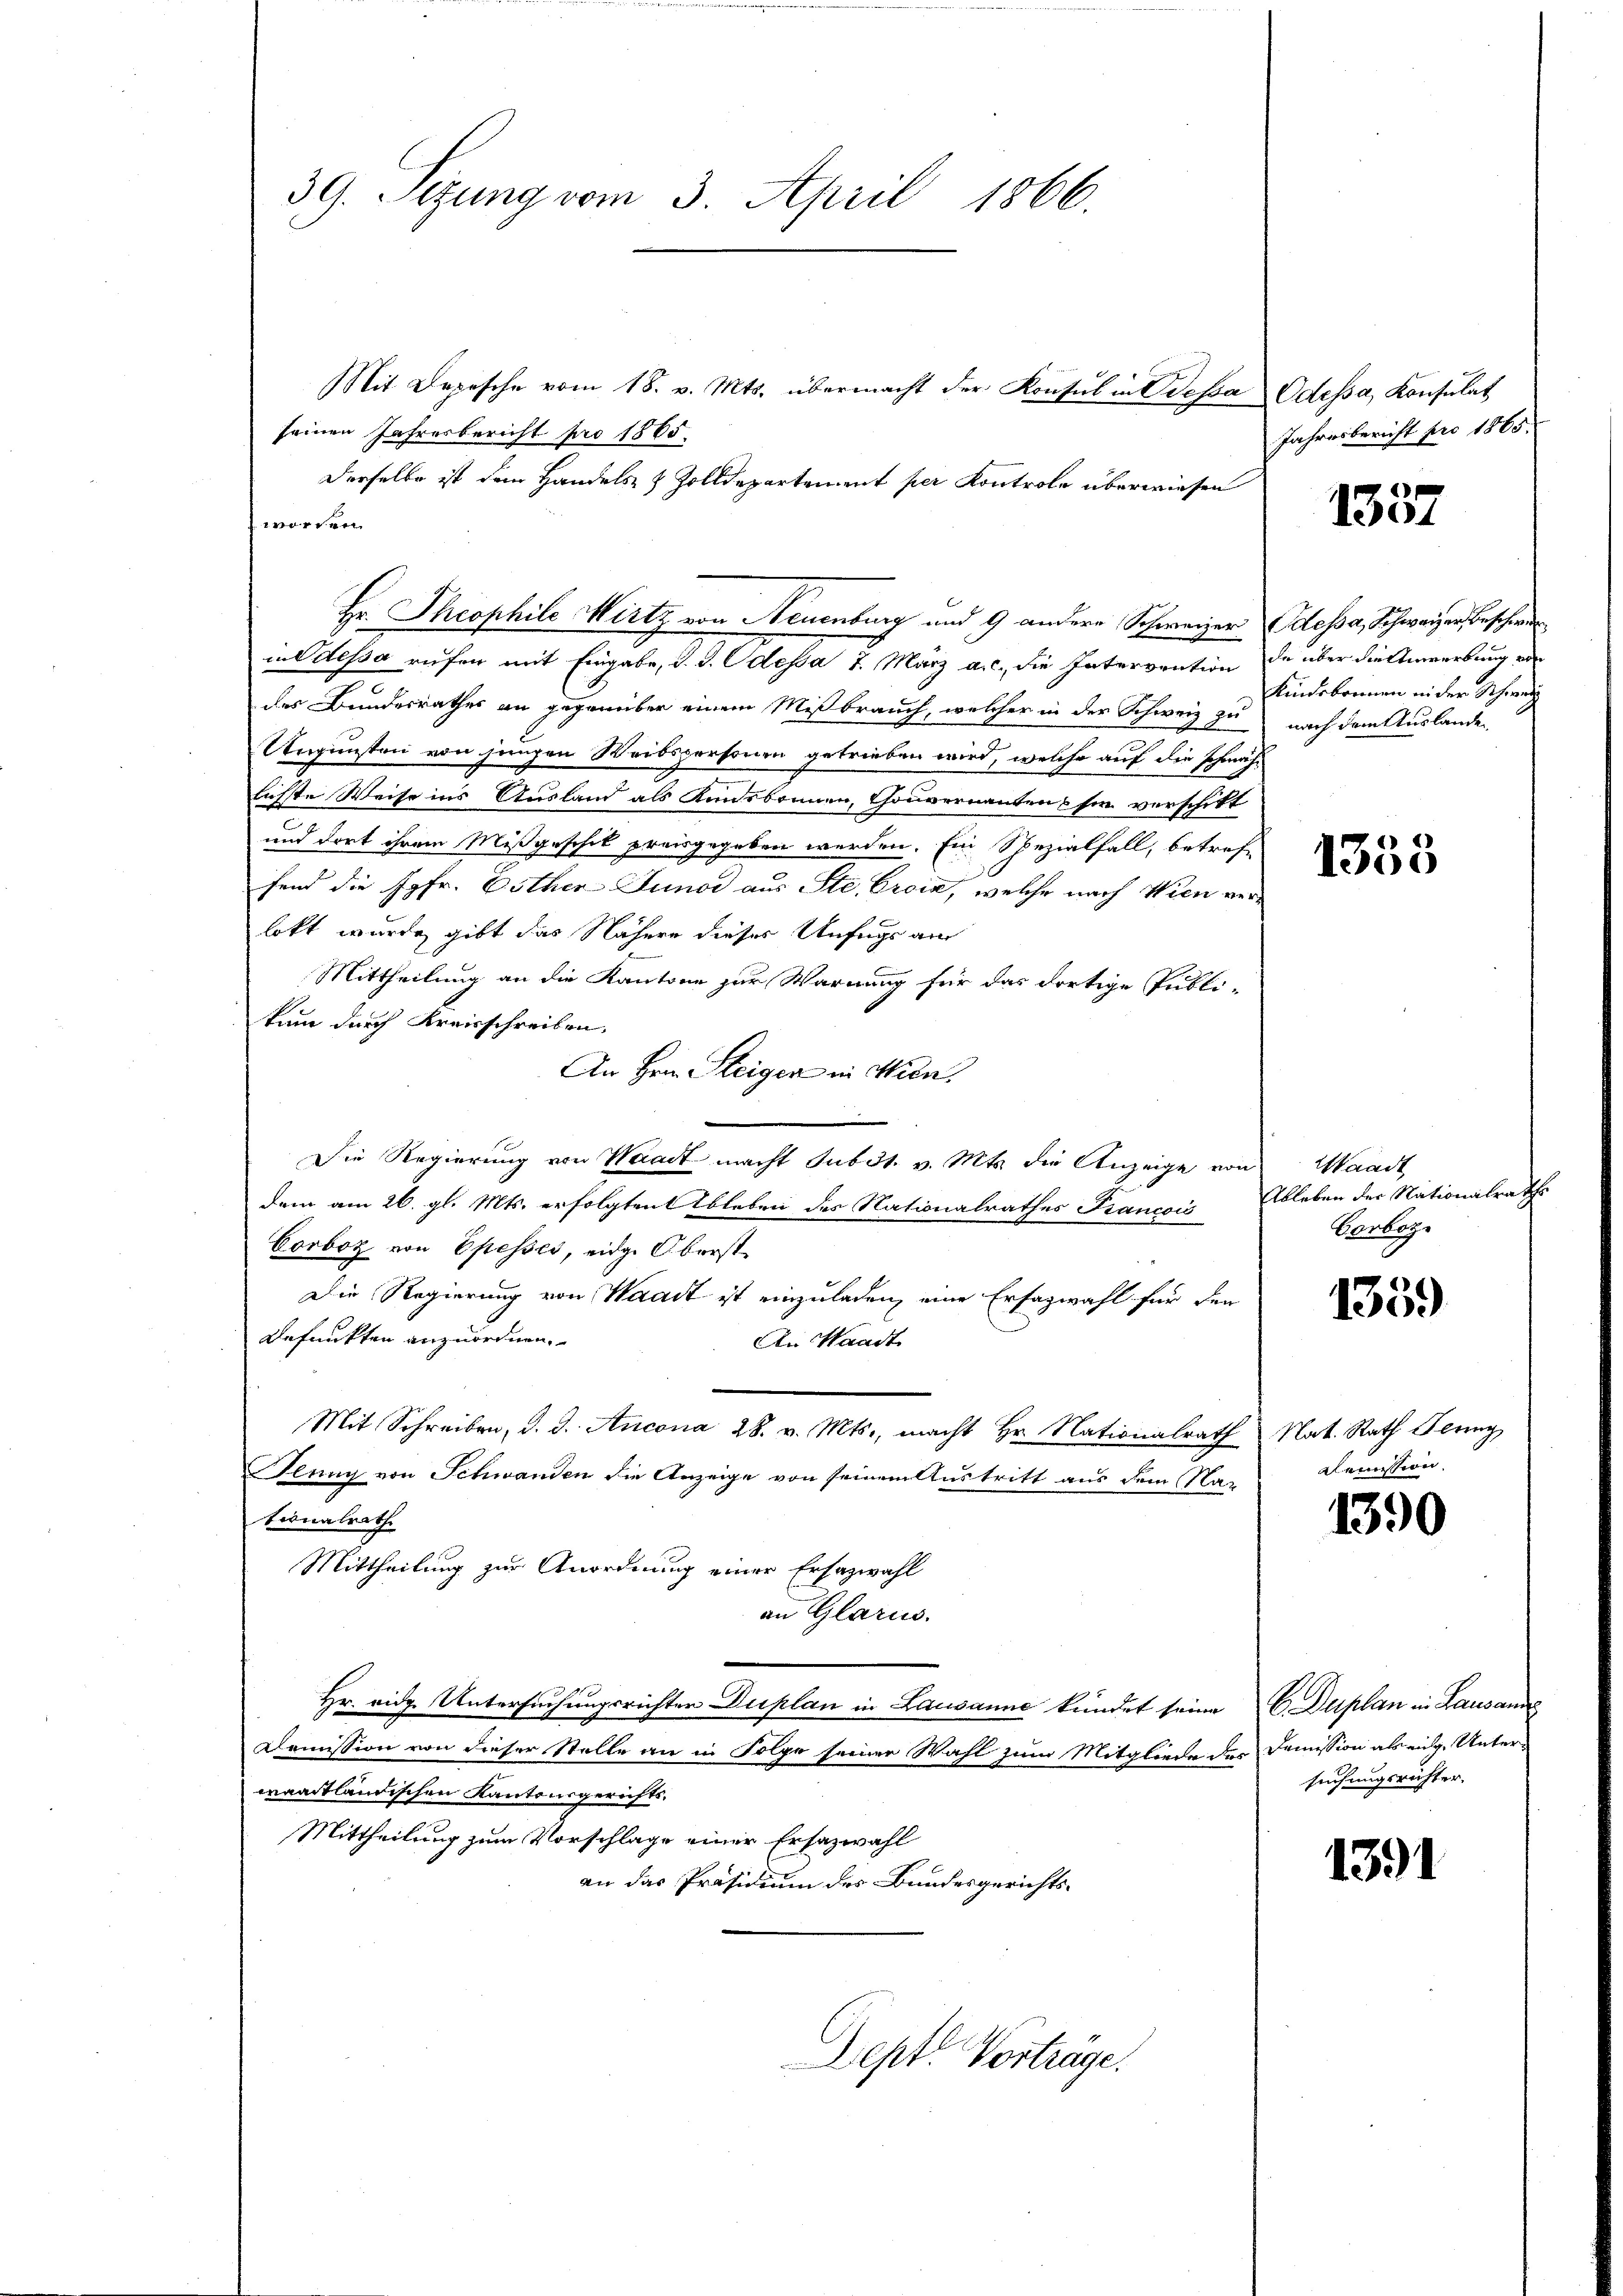
39. Sizung vom 3. April 1866.

Mit Depesche vom 18. v. Mts. übermacht der Konsul in Bessa Odessa, Konsulat
seinen Jahresbericht pro 1865.
Derselbe ist den Handels- & Zolldepartement per Kontrole überwiesen
worden.
Hr. Theophile Wirtz von Neuenburg und 9 andere Schweizer (dessa, Schweizer Beschweiil dessa rufen mit Eingabe, d. d. Odessa 7. März a. c., die Interoration de über die Anwerbung von
des Bundesrathes an gegenüber einem Mißbrauch, welcher in der Schweiz zu nach dem Auslande
Ungunsten von jungen Weibspersonen getrieben wird, welche auf die schmäh-
lichte Weise ins Ausland als Kindsbrunnen, Gouvernanten sie verschikt
und dort ihrem Mißgeschik preisgegeben werden. Ein Spezialfall, betreffend die Jgfr. Esther Juno aus Ste, Croix, welche nach Wien verlekt wurde, gibt das Nähere dieses Unfugs aus
Mittheilung an die Kantone zur Warnung für das dortige Publikum durch Kreisschreiben,
An Hrn. Steigen in Wien.
Die Regierung von Waadt macht Subst. v. Mts. die Anzeige von Waadt
dem am 26. gl. Mts. erfolgten Ableben des Nationalrathes Francois Ableben der Nationalraths
Corboz von Epessés, eidg. Oberst
Die Regierung von Waadt ist einzuladen, eine Erfazwahl für den
Befunkten anzuordnen.
An Waadt
Mit Schreiben, d. d. Ancona 28. v. Mts., macht Hr. Nationalrath Nat. Rath Jenny
Feung von Schwanden die Anzeige von seinem Austritt aus dem Nationalrath
Mittheilung zur Anordnung einer Ersazwahl
an Glarus.
Hr. eidg. Untersuchungsrichten Duplan in Lausanne kündet seine C. Duplan in Lausanne
Demission von dieser Stelle an in Folge seiner Wahl zum Mitgliede des Demission als eige Unterwaadtländischen Kantonsgerichts¬
Mittheilung zum Vorschlage einer Ersazwahl
an das Präsidium des Bundesgerichts¬
Sept. Vortrage.

Jahresbericht pro 1865.

1337

Kindebonnen in der Schweiz

1353

Corboz.

1339

Demission.

1390

suchungsrichter.

1391